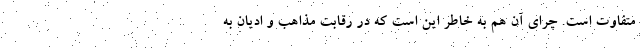
متفاوت است. چرای آن هم به خاطر این است که در رقابت مذاهب و ادیان به